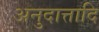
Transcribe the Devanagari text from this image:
अनुदात्तादि